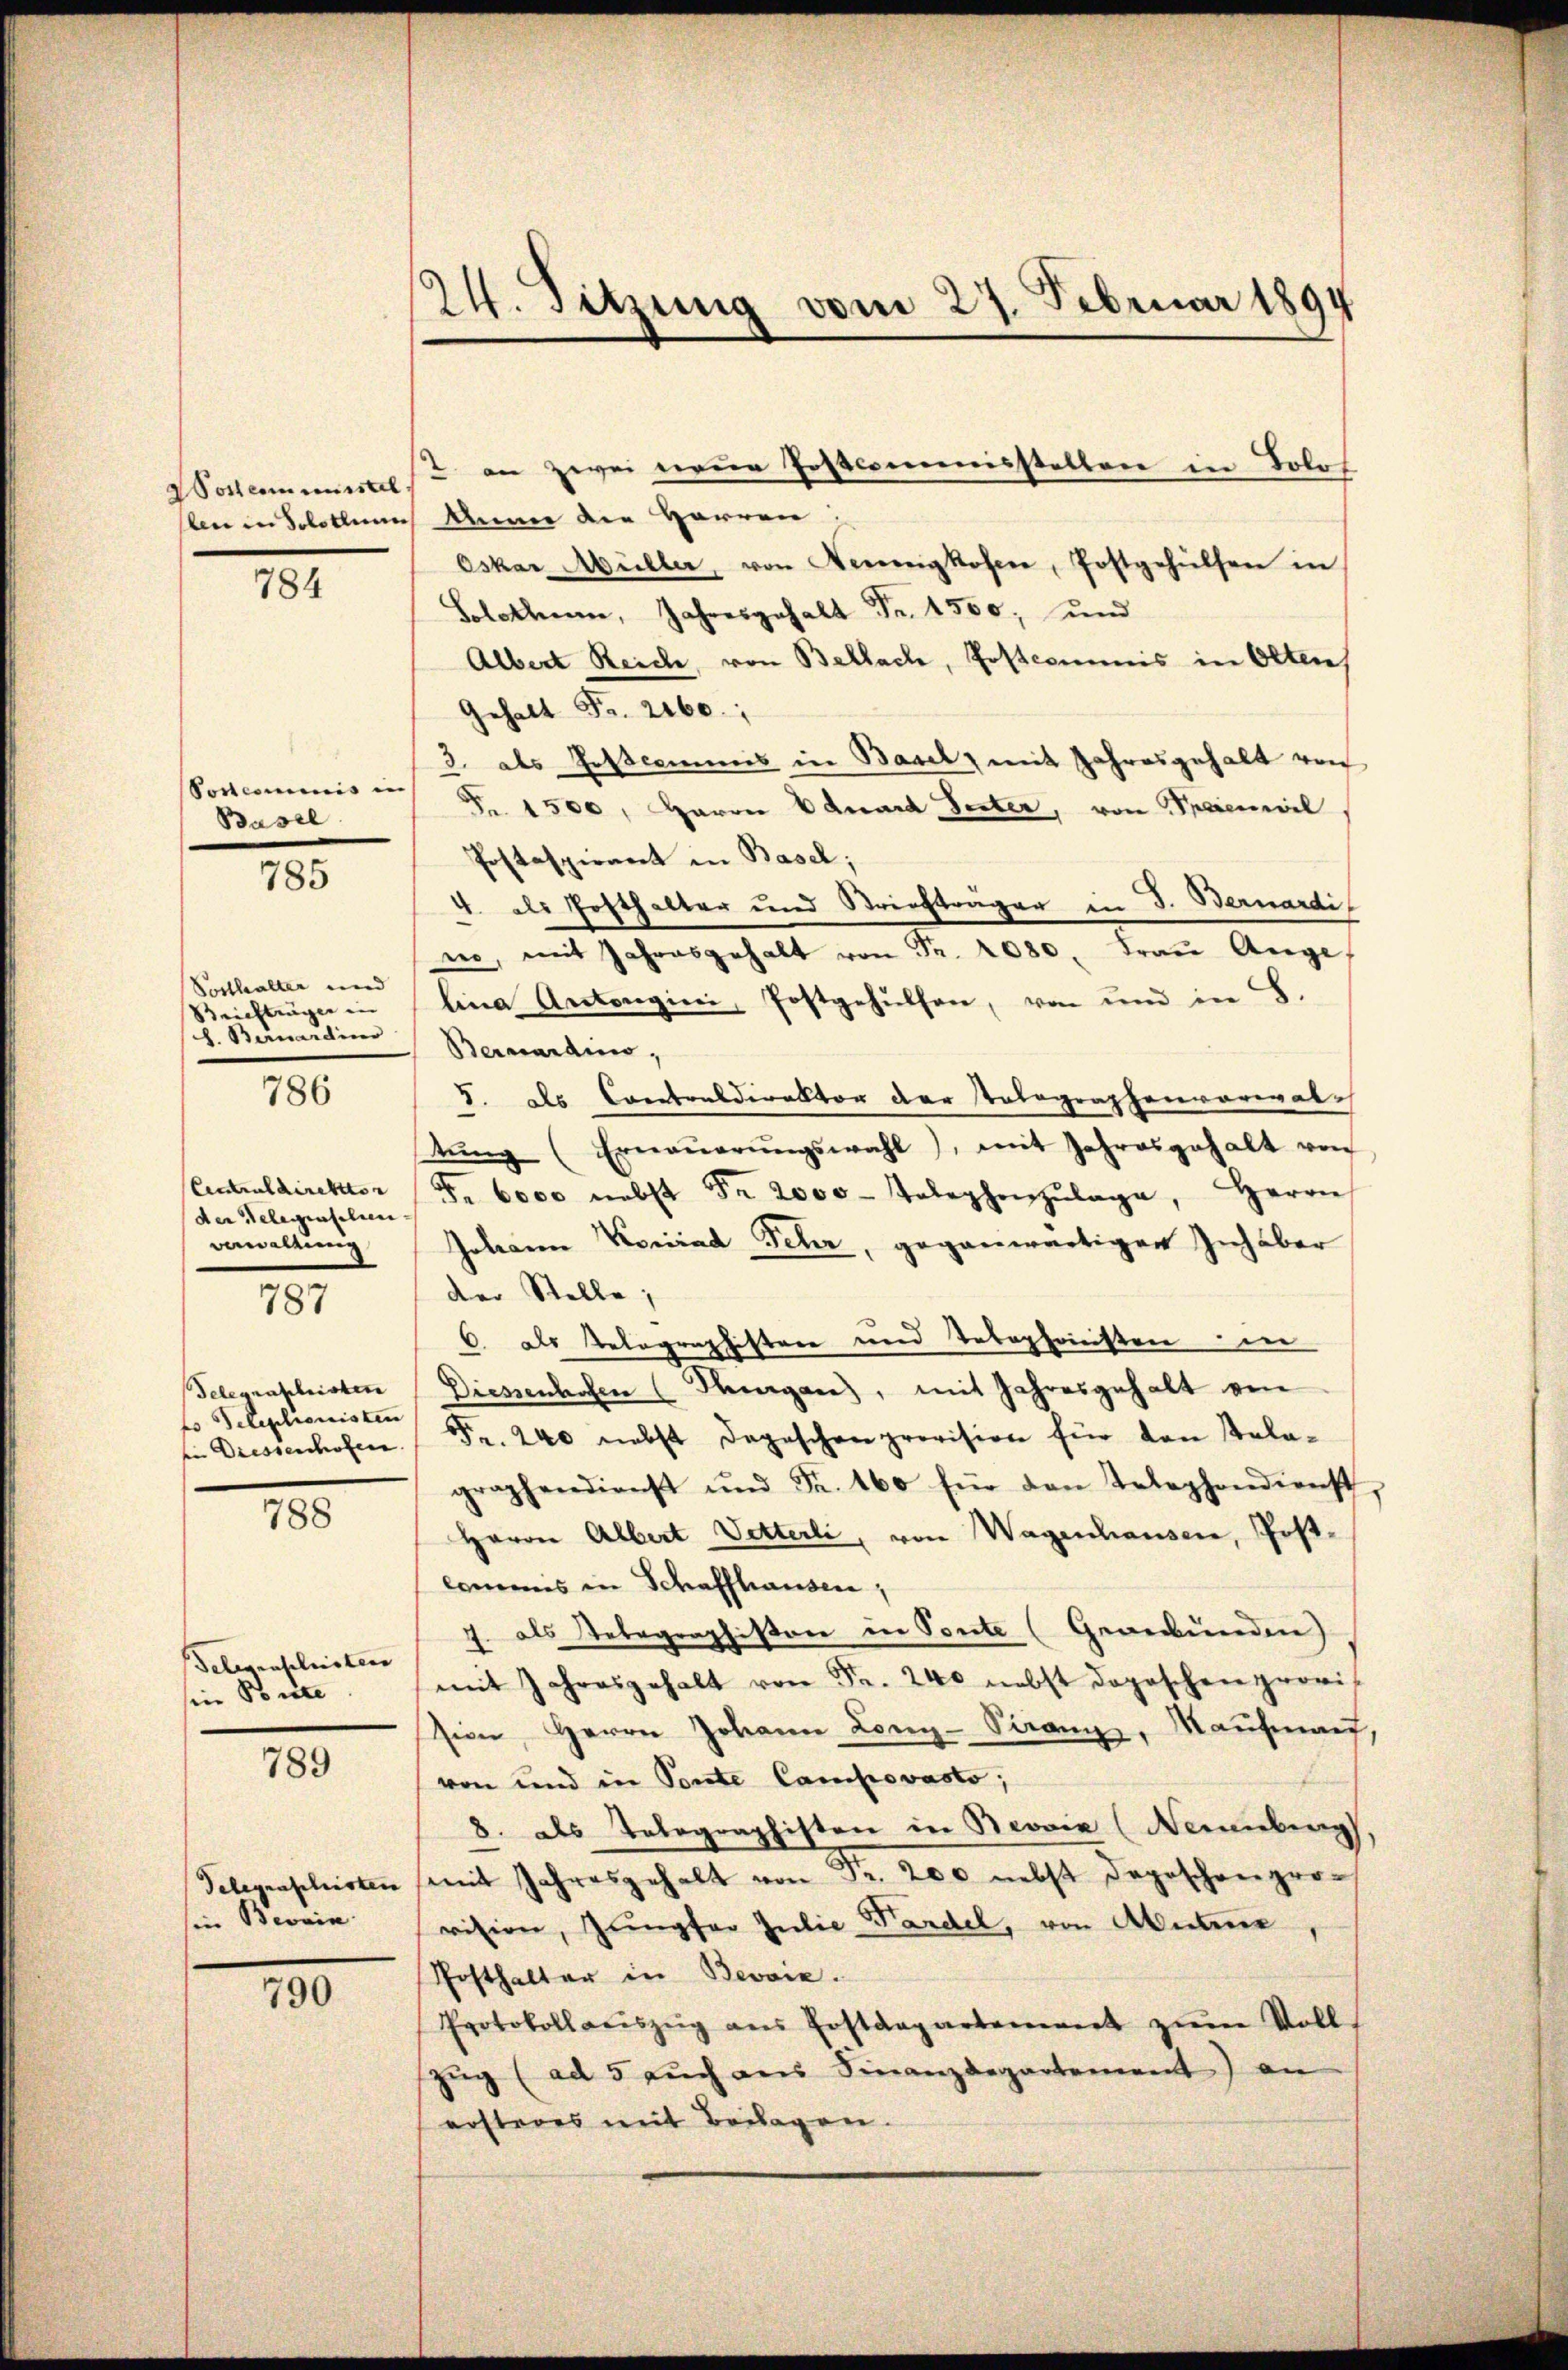
ochen müsstel
len in Solothur

784

Postcommnis in
Basel

785

Posthalter und
Briefträger in
h. Bernardino

786

Eintraldirektion
der Belegenschen
Bawaltung

787

Telegraphisten
fo Telexilionisten
in Diessenhofen.

788

Telegenschristen |
sein Ponte

789

Telegenschristen
sin Bevain

790

24. Sitzung vom 27. Februar 1894

Anna die Herren
Oskar Müller, von Seinigkosen, Postgehülfen in
Solothurn, Jahresgehalt Fr. 1500; und
Albert Reich, von Bellach, Postcommis in Olten
Gehalt Fr. 2460.
3. des Gescommis in Basel, mit Jahresgehalt von
Fr. 1500, Haron Eduard Seiter, von Praienwil
Postaspirant in Basel;
4. als Posthalter und Strichträger in J. Bernardi
rer, mit Jahresgehalt von Fr. 2080. Frau Auge,
lina Antongini, Postgehülfen, von und in B.
Bernardino,
J. als Contraldirektor der Totographenvorwaltŭng (Ernaŭerŭngswahl, mit Jahresgehalt von
Fr. 6000 nebst Fr. 2000. Telephonzŭlage, Herrn
Johann Konrad Fehr, gegenwärtigen Inhaber
der Stelle,
6. als Relegraphistere und Telephonisten die
Diesenholen (Thurgane, mit Jahresgehalt von
Fr. 240 nebst Depeschenprovision für den Salagraphendienst und Fr. 160 für den Telephondienst,
Harren Albert Vetterli, von Wagenhausen, Postcommes in Schaffhausen,
J. als Telegraphiston in Ponte (Gewerbunden)
mit Jahresgehalt von Fr. 240 nebst doposchen provis
sion, Herrn Johann Long-Turanz, Maufman,
von und in Ponte Camprovasto;
8. als Telegraphisten in Beovik (Neuenburg
mit Jahresgehalt von Fr. 200 nebst Depeschenprovision, Jungfer Julie Wardel, von Mutter
Posthalter in Bevvie.
Protokollaŭszŭg ans Postdepartement zŭm Voll-
zŭg (ad 5 aŭch aus Finanzdepartement) an
ersteres mit Beilagen.

2. an zwei neue Postcommisstellen in Bolos